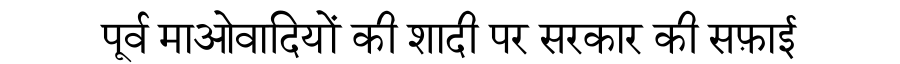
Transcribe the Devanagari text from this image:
पूर्व माओवादियों की शादी पर सरकार की सफ़ाई